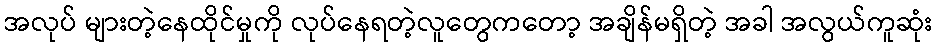
အလုပ် များတဲ့နေထိုင်မှုကို လုပ်နေရတဲ့လူတွေကတော့ အချိန်မရှိတဲ့ အခါ အလွယ်ကူဆုံး